Report on the Nagpur School of Medicine, Central Provinces
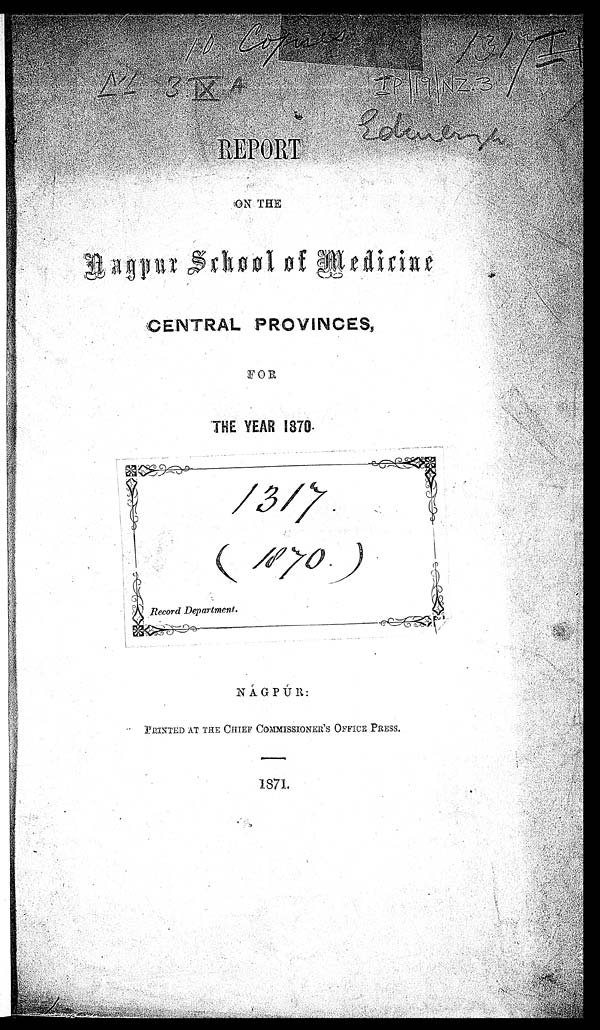
NI . 3. I X A
R E P O R T
vç
I P / 1 9 / N Z . 3
ON THE
N a g p u r s c h o o l o f M e d i c i n e
CENTRAL PROVINCES,
F O R
THE YEAR 1870.
N Á G P Ú R :
PRINTED AT THE CHIEF COMMISSIONER'S OFFICE PRESS.
1871.